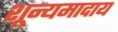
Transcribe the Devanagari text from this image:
शून्यमादाय